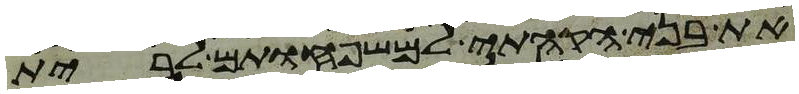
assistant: את בני הקהתי למשפחותם לבית